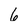
Character: 6